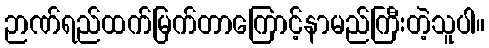
ဉာဏ်ရည်ထက်မြက်တာကြောင့်နာမည်ကြီးတဲ့သူပါ။